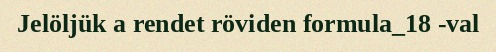
Jelöljük a rendet röviden formula_18 -val